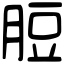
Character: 脰